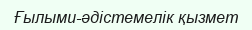
Ғылыми-әдістемелік қызмет